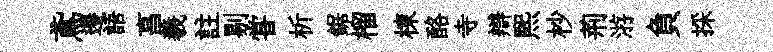
鳶遷語亯羲註剔甞析鋸榴棟酪寺辯熙杪荊㳺負採